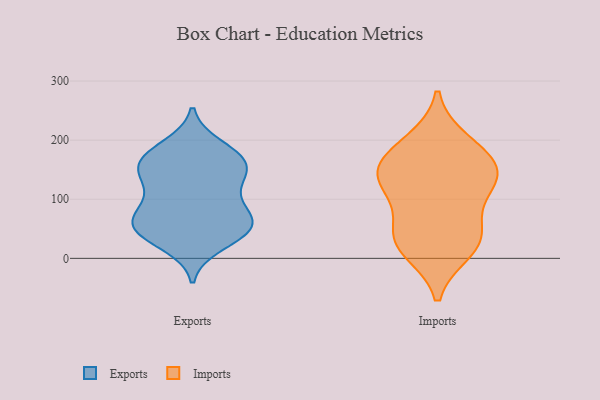
{"axis": {"x": "Operating Costs (USD K)", "y": "Value"}, "legend": ["Exports", "Imports"], "data": [{"x": "", "y": 79, "type": "Exports"}, {"x": "", "y": 24, "type": "Exports"}, {"x": "", "y": 71, "type": "Exports"}, {"x": "", "y": 189, "type": "Exports"}, {"x": "", "y": 53, "type": "Exports"}, {"x": "", "y": 108, "type": "Exports"}, {"x": "", "y": 85, "type": "Exports"}, {"x": "", "y": 144, "type": "Exports"}, {"x": "", "y": 52, "type": "Exports"}, {"x": "", "y": 170, "type": "Exports"}, {"x": "", "y": 152, "type": "Exports"}, {"x": "", "y": 50, "type": "Exports"}, {"x": "", "y": 144, "type": "Exports"}, {"x": "", "y": 45, "type": "Exports"}, {"x": "", "y": 47, "type": "Exports"}, {"x": "", "y": 175, "type": "Exports"}, {"x": "", "y": 135, "type": "Exports"}, {"x": "", "y": 170, "type": "Exports"}, {"x": "", "y": 140, "type": "Imports"}, {"x": "", "y": 30, "type": "Imports"}, {"x": "", "y": 107, "type": "Imports"}, {"x": "", "y": 33, "type": "Imports"}, {"x": "", "y": 46, "type": "Imports"}, {"x": "", "y": 14, "type": "Imports"}, {"x": "", "y": 155, "type": "Imports"}, {"x": "", "y": 143, "type": "Imports"}, {"x": "", "y": 128, "type": "Imports"}, {"x": "", "y": 197, "type": "Imports"}, {"x": "", "y": 179, "type": "Imports"}]}